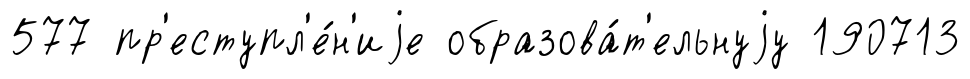
577 пр'еступл'е́н'иjе образова́т'ельнуjу 190713